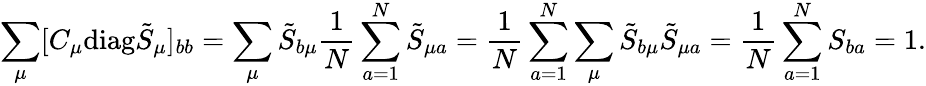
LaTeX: \sum_{\mu}[C_{\mu}\mathrm{diag}\tilde{S}_{\mu}]_{bb}=\sum_{\mu}\tilde{S}_{b\mu}\frac{1}{N}\sum_{a=1}^{N}\tilde{S}_{\mu a}=\frac{1}{N}\sum_{a=1}^{N}\sum_{\mu}\tilde{S}_{b\mu}\tilde{S}_{\mu a}=\frac{1}{N}\sum_{a=1}^{N}S_{ba}=1.